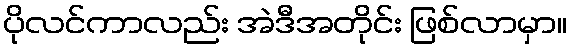
ပိုလင်ကာလည်း အဲဒီအတိုင်း ဖြစ်လာမှာ။